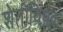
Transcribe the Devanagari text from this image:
शेतीविषक